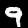
Label: 9